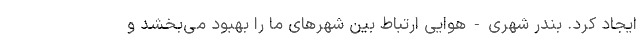
ایجاد کرد. بندر شهری-هوایی ارتباط بین شهرهای ما را بهبود می‌بخشد و